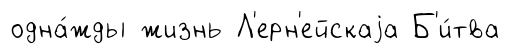
одна́жды жизнь Л'ерн'ейскаjа Б'и́тва